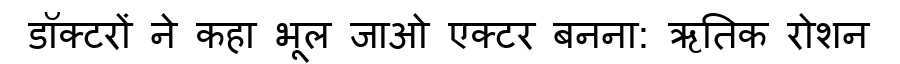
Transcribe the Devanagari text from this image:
डॉक्टरों ने कहा भूल जाओ एक्टर बनना: ऋतिक रोशन